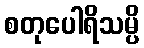
စတုပေါရိသမ္ပိ